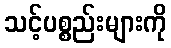
သင့်ပစ္စည်းများကို